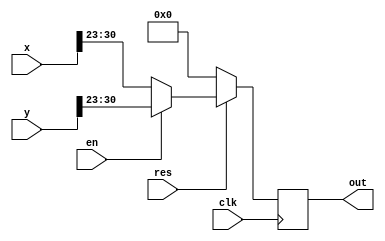
`timescale 1ns / 1ps
//////////////////////////////////////////////////////////////////////////////////
// Company: 
// Engineer: 
// 
// Design Name: 
// Module Name: Mux_1
// Project Name: 
// Target Devices: 
// Tool Versions: 
// Description: 
// 
// Dependencies: 
// 
// Revision:
// Revision 0.01 - File Created
// Additional Comments:
// 
//////////////////////////////////////////////////////////////////////////////////


module Mux_1 (clk, res, x, y, en, out);
    input clk, res, en;
    input [31:0] x, y;
    reg [7:0] exp_x, exp_y;
    output reg [7:0] out;
    
    always @(posedge clk)
    begin
      exp_x = x[30:23];
      exp_y = y[30:23];
      begin
      if(en)
        out = exp_y;
      else
        out = exp_x;
      end
      begin
      if(!res)
        out = 0;
      end
    end
endmodule